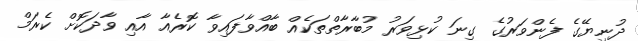
ދުނިޔޭގެ ފެންވަރުގެ ގިނަ ކުޅިވަރު މުބާރާތްތަކެއް ބާއްވާފައިވާ ކޮރެއާ އާއި ވާދަކޮށް ކެރަމް